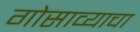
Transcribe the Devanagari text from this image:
गोसाव्याचा